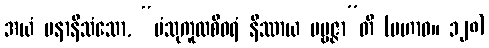
အယံ ပနာနိသံသော, “ပံသုကူလစီဝရံ နိဿာယ ပဗ္ဗဇ္ဇာ”တိ (မဟာဝ။ ၁၂၈)